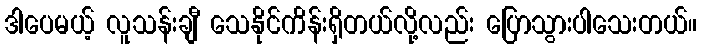
ဒါပေမယ့် လူသန်းချီ သေနိုင်ကိန်းရှိတယ်လို့လည်း ပြောသွားပါသေးတယ်။